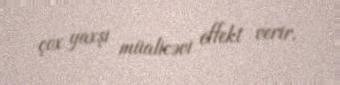
çox yaxşı müalicəvi effekt verir.